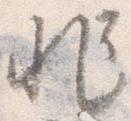
非